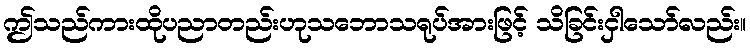
ဤသည်ကားထိုပညာတည်းဟုသဘောသရုပ်အားဖြင့် သိခြင်းငှါသော်လည်း။